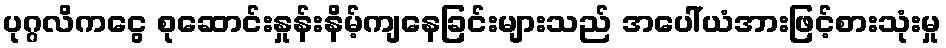
ပုဂ္ဂလိကငွေ စုဆောင်းနှုန်းနိမ့်ကျနေခြင်းများသည် အပေါ်ယံအားဖြင့်စားသုံးမှု